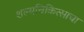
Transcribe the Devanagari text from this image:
शल्यचिकित्साचा